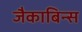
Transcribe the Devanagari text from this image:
जैकाबिन्स